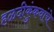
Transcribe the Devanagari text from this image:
हळदीकुंकवांचे